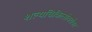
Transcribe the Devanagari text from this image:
शल्यचिकित्सेबरोबर